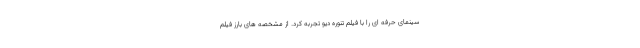
سینمای حرفه ای را با فیلم تنوره دیو تجربه کرد. از مشخصه های بارز فیلم